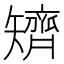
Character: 𥐌